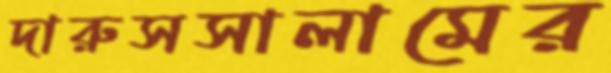
দারুসসালামের